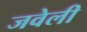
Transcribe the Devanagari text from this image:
जवेली